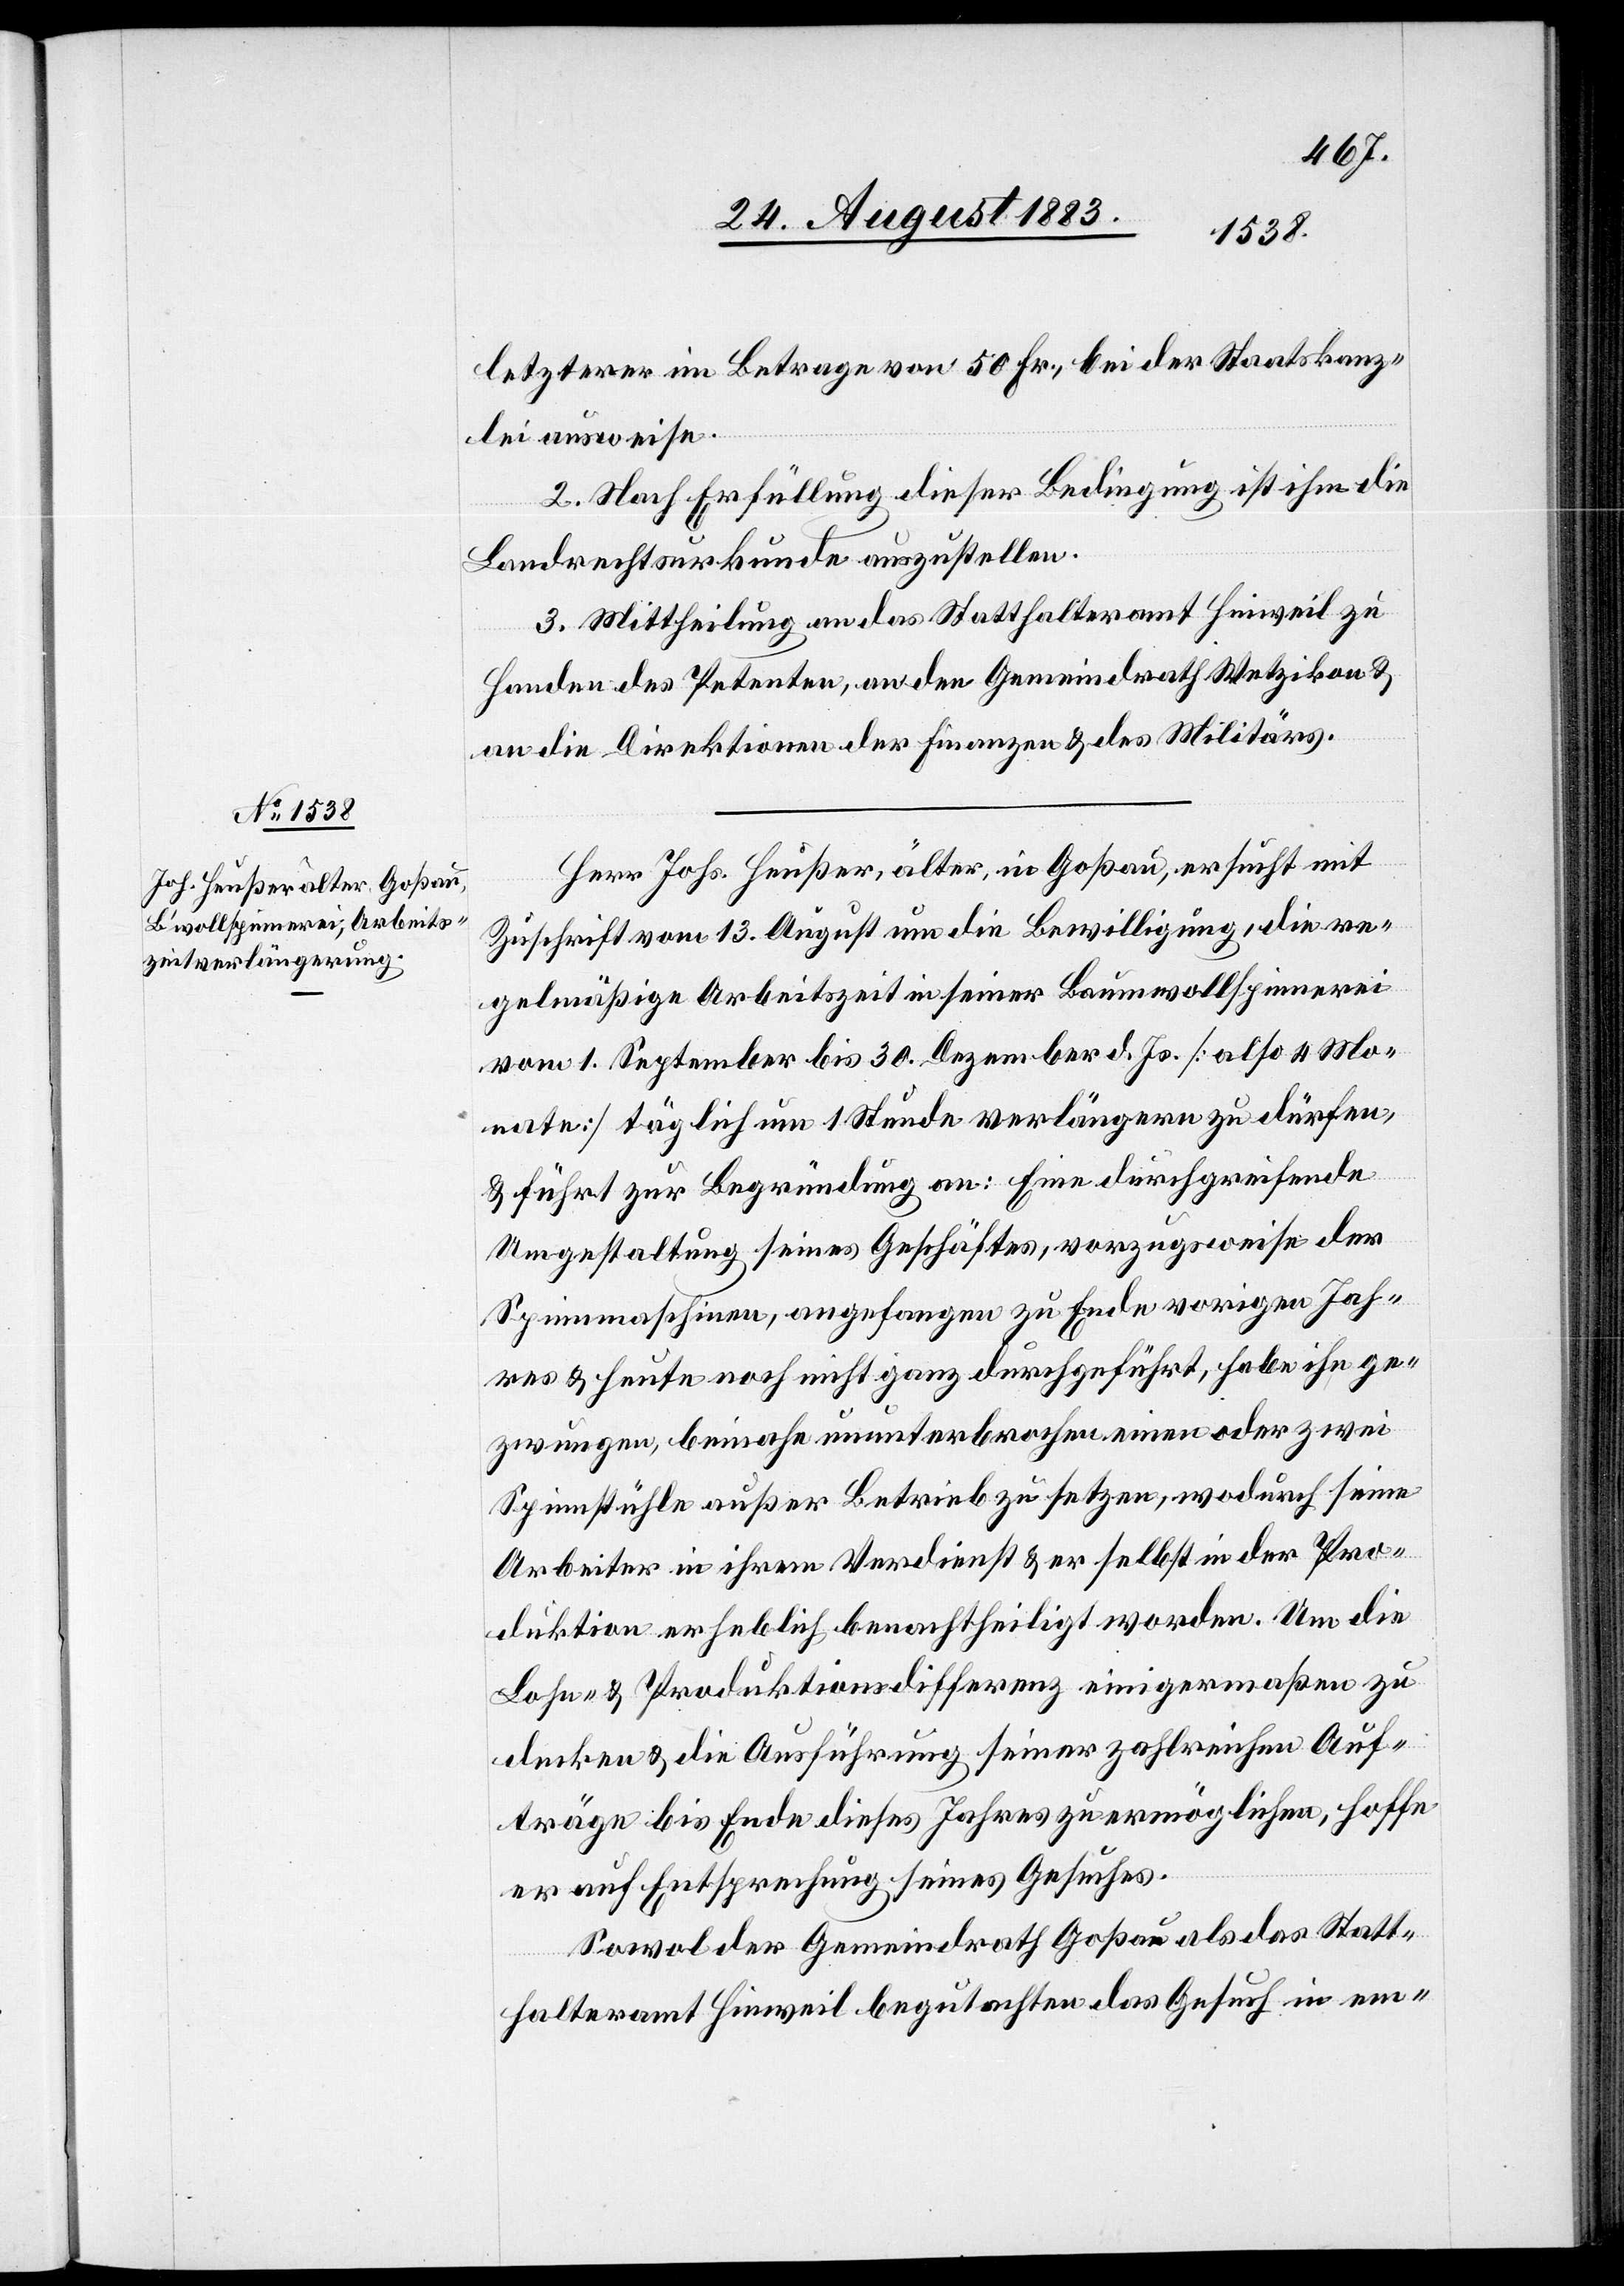
letzterer im Betrage von 50 Fr., bei der Staatskanz¬
lei ausweise.
2. Nach Erfüllung dieser Bedingung ist ihm die
Landrechtsurkunde auszustellen.
3. Mittheilung an das Statthalteramt Hinweil zu
Handen des Petenten, an den Gemeindrath Wetzikon &
an die Direktionen der Finanzen & des Militärs.
Herr Johs. Heußer, älter, in Goßau, ersucht mit
Zuschrift vom 13. August um die Bewilligung, die re¬
gelmäßige Arbeitszeit in seiner Baumwollspinnerei
vom 1. September bis 30. Dezember d. Js. [also 4 Mo¬
nate] täglich um 1 Stunde verlängern zu dürfen,
& führt zur Begründung an: Eine durchgreifende
Umgestaltung seines Geschäftes, vorzugsweise der
Spinnmaschinen, angefangen zu Ende vorigen Jah¬
res & heute noch nicht ganz durchgeführt, habe ihn ge¬
zwungen, beinahe ununterbrochen einen oder zwei
Spinnstühle außer Betrieb zu setzen, wodurch seiner
Arbeiten in ihrem Verdienst & er selbst in der Pro¬
duktion erheblich benachtheiligt worden. Um die
Lohn- & Produktionsdifferenz einigermaßen zu
decken & die Ausführung seiner zahlreichen Auf¬
träge bis Ende dieses Jahres zu ermöglichen, hoffe
er auf Entsprechung seines Gesuches.
Sowol der Gemeindrath Goßau als das Statt¬
halteramt Hinweil begutachten das Gesuch in em-